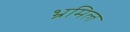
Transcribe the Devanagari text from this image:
भ्रमिल